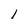
Character: V